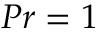
P r = 1